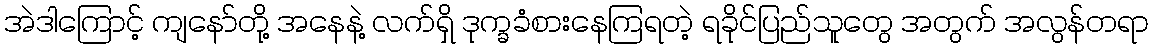
အဲဒါကြောင့် ကျနော်တို့ အနေနဲ့ လက်ရှိ ဒုက္ခခံစားနေကြရတဲ့ ရခိုင်ပြည်သူတွေ အတွက် အလွန်တရာ